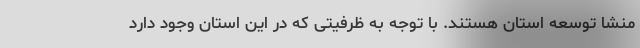
منشا توسعه استان هستند. با توجه به ظرفیتی که در این استان وجود دارد